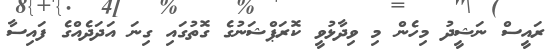
ރައީސް ނަޝީދު މިހެން މި ވިދާޅުވީ ކޮރަޕްޝަނުގެ ގޮތުގައި ގިނަ އަދަދެއްގެ ފައިސާ